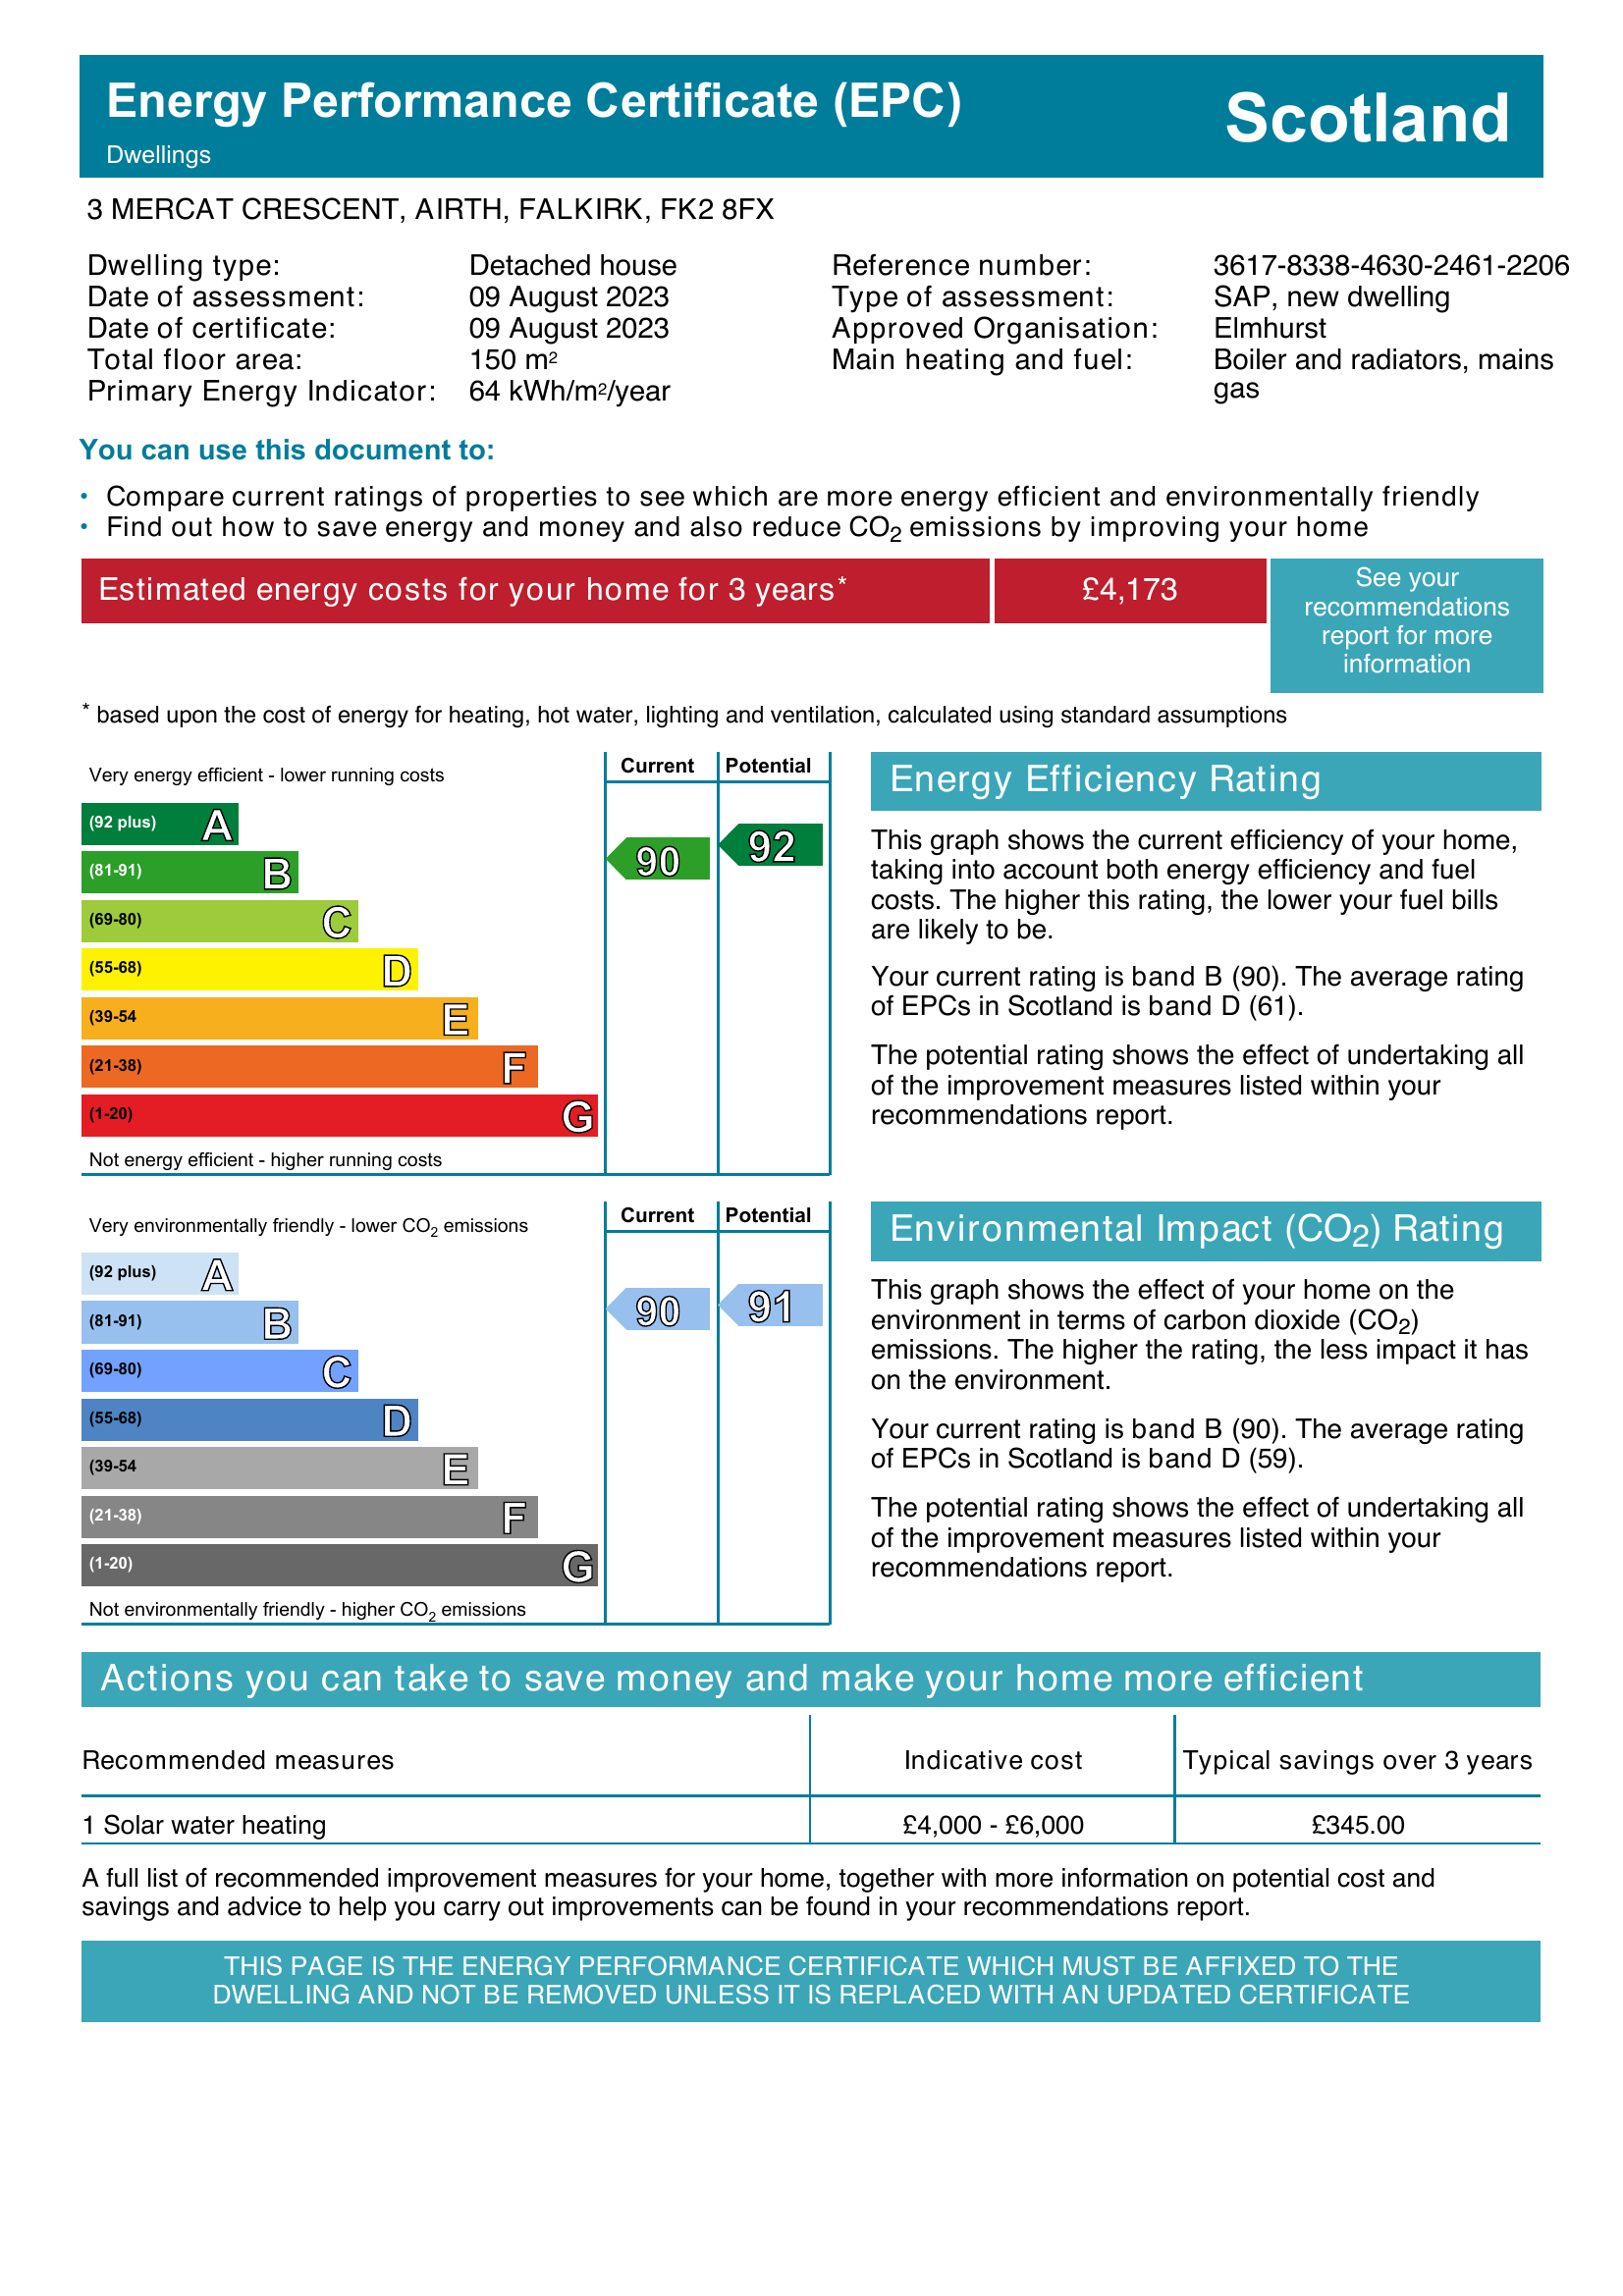
Current energy efficiency rating: B (score 90)
Potential energy efficiency rating: A (score 92)
Current environmental impact (CO2) rating: B (score 90)
Potential environmental impact (CO2) rating: B (score 91)